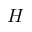
H